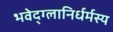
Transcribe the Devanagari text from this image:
भवेद्‌ग्लानिर्धर्मस्य